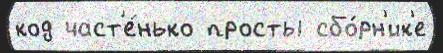
код част'е́нько просты сбо́рн'ик'е